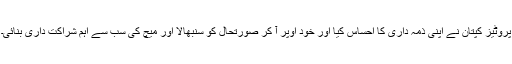
پروٹیز کپتان نے اپنی ذمہ داری کا احساس کیا اور خود اوپر آ کر صورتحال کو سنبھالا اور میچ کی سب سے اہم شراکت داری بنائی۔